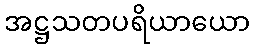
အဋ္ဌသတပရိယာယော